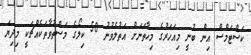
ކަސްޓަމްސް އިން ބުނީ މިއަހަރުގެ މިހާތަނަށް އަތުލެވުނު 50 ކިލޯގެ މަސްތުވާތަކެއްޗަކީ މިދިޔަ